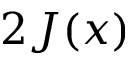
2 J ( x )